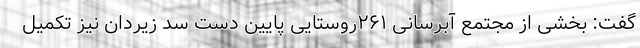
گفت: بخشی از مجتمع آبرسانی ۲۶۱روستایی پایین دست سد زیردان نیز تکمیل